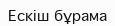
Ескіш бұрама